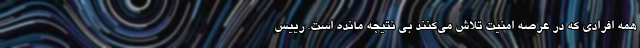
همه افرادی که در عرصه امنیت تلاش می‌کنند بی نتیجه مانده است. رییس